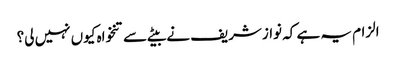
الزام یہ ہے کہ نوازشریف نے بیٹے سے تنخواہ کیوں نہیں لی؟